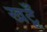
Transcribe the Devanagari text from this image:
खटूँ